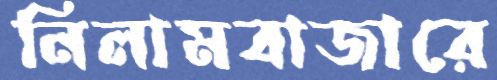
নিলামবাজারে